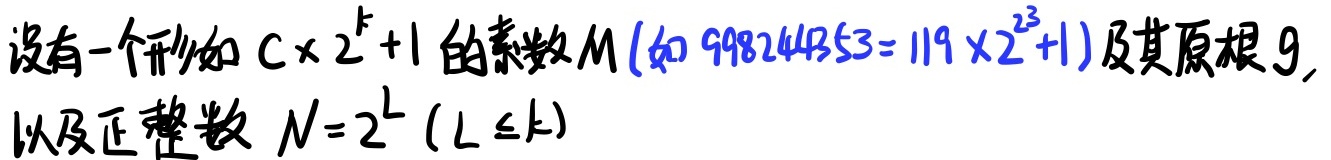
设有一个形如 \(C\times 2^{k}+1\) 的素数 \(M\) (如 \(998244353 = 119\times 2^{23}+1\)) 及其原根 \(g\),
以及正整数 \(N = 2^{L}\ (L \leq k)\)